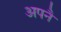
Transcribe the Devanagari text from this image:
अपनै